Annual report of the Imperial Bacteriologist
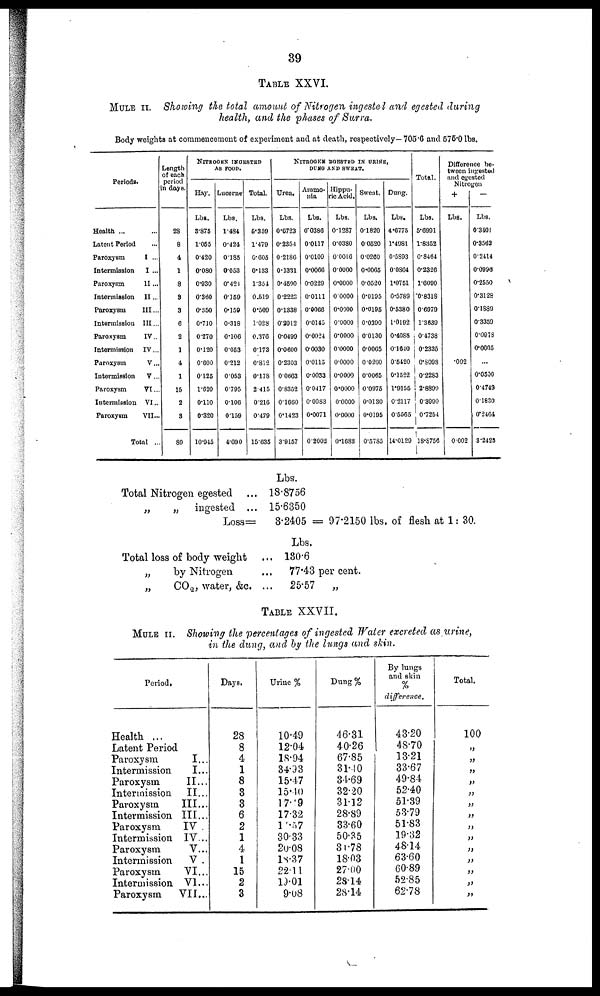
39
TABLE XXVI.
MULE II. Showing the total amount of Nitrogen ingested and egested during
health, and the phases of Surra.
Body weights at commencement of experiment and at death, respectively— 705.6 and 575.0 lbs.
Periods.
Health ...
Latent Period
Paroxysm
Intermission
Paroxysm
Intermission
Paroxysm
Intermission
Paroxysm
Intermission
Paroxysm
Intermission
Paroxysm
Intermission
Paroxysm
...
I ...
I ...
II...
II...
III...
III...
IV..
IV...
V...
V...
VI...
VI...
VII...
Total ...
Length
of each
period
in days.
28
8
4
1
8
3
3
6
2
1
4
1
15
2
3
89
NITROGEN INGESTED
AS FOOD.
Hay.
Lbs.
3.875
1.055
0.420
0.080
0.930
0.360
0.350
0.710
0.270
0.120
0.600
0.125
1.620
0.110
0.320
10.945
Lucerne
Lbs.
1.484
0.424
0.185
0.053
0.421
0.159
0.159
0.318
0.106
0.053
0.212
0.053
0.795
0.106
0.159
4.690
Total.
Lbs.
5.359
1.479
0.605
0.133
1.354
0.519
0.509
1.028
0.376
0.173
0.812
0.178
2.415
0.216
0.479
15.635
NITROGEN RGESTED IN URINE,
DUNG AND SWEAT.
Urea.
Lbs.
0.6723
0.2354
0.2186
0.1331
0.4590
0.2223
0.1338
0.2912
0.0499
0.0600
0.2303
0.0663
0.8352
0.1660
0.1423
3.9157
Ammo-
nia
Lbs.
0.0386
0.0117
0.0109
0.0066
0.0229
0.0111
0.0066
0.0145
0.0024
0.0030
0.0115
0.0033
0.0417
0.0083
0.0071
0.2002
Hippu¬
ricAcid.
Lbs.
0.1287
0.0380
0.0016
0.0000
0.0000
0 0000
0.0000
0.0000
0.0000
0.0000
0.0000
0.0000
0.0000
0.0000
0.0000
0.1683
Sweat.
Lbs,
0.1820
0.0520
0.0260
0.0065
0.0520
0.0195
0.0195
0.0390
0.0130
0.0065
0.0260
0.0065
0.0975
0.0130
0.0195
0.5785
Dung.
Lbs.
4.6775
1.4981
0.5893
0.0864
1.0751
0.5789
0.5380
1.0192
0.4085
0.1640
0.5420
0.1522
1.9155
0.2117
0.5565
14.0129
Total.
Lbs.
5.6991
1.8352
0.8464
0.2326
1.6090
0.8318
0.6979
1.3639
0.4738
0.2335
0.8098
0.2283
2.8899
0.3990
0.7254
18.8756
Difference be-
tween ingested
and egested
Nitrogen
+
Lbs.
.002
0.002
-
Lbs.
0.3401
0.3562
0.2414
0.0996
0.2550
0.3128
0.1889
0.3359
0.0978
0.0605
...
0.0500
0.4749
0.1830
0.2464
3.2425
Total Nitrogen egested
„
„ ingested ...
Loss=
Total loss of body weight
„
by Nitrogen
„
CO 2 , water, &c.
Lbs.
18.8756
15.6350
3.2405 = 97.2150 lbs. of flesh at 1: 30.
Lbs.
... 130.6
77.43 per cent.
... 25.57 „
TABLE XXVII.
MULE II. Showing the percentages of ingested Water excreted as urine,
in the dung, and by the lungs and skin.
Period.
Health ...
Latent Period
Paroxysm
Intermission
Paroxysm
Intermission
Paroxysm
Intermission
Paroxysm
Intermission
Paroxysm
Intermission
Paroxysm
Intermission
Paroxysm
I...
I...
II...
II...
III...
III...
IV .
IV...
V...
V .
VI...
VI...
VII...
Days.
28
8
4
1
8
3
3
6
2
1
4
1
15
2
3
Urine %
10.49
12.04
18.94
34.93
15.47
15.40
17.49
17.32
1 .57
30.33
20.08
18.37
22.11
19.01
9.08
Dung%
46.31
40.26
67.85
31.40
34.69
32.20
31.12
28.89
33.60
50.35
31.78
18.03
27.00
28.14
28.14
By lungs
and skin
%
difference.
43.20
48.70
13.21
33.67
49.84
52.40
51.39
53.79
51.83
19.32
48.14
63.60
60.89
52.85
62.78
Total.
100
„
„
„
„
„
„
„
„
„
„
„
„
„
„